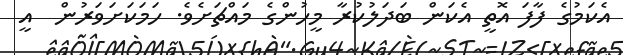
އެކަމުގެ ފާފަ އޮތީ އެކަން ބަދަލުކުރާ މީހުންގެ މައްޗަށެވެ. ހަމަކަށަވަރުން  އީ